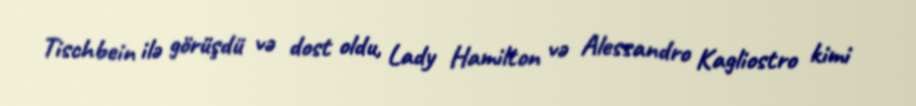
Tischbein ilə görüşdü və dost oldu, Lady Hamilton və Alessandro Kagliostro kimi